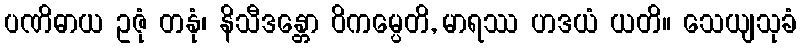
ပဏိဓာယ ဥဇုံ တနုံ၊ နိသီဒန္တော ဝိကမ္ပေတိ, မာရဿ ဟဒယံ ယတိ။ သေယျသုခံ